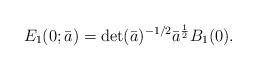
LaTeX: \begin{align*} E_1(0;\bar{a}) = \textup{det}(\bar{a})^{-1/2}\bar{a}^{\frac{1}{2}}B_1(0). \end{align*}